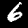
Label: 6